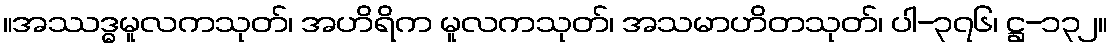
။အဿဒ္ဓမူလကသုတ်၊ အဟိရိက မူလကသုတ်၊ အသမာဟိတသုတ်၊ ပါ-၃၇၆၊ ဋ္ဌ-၁၃၂။